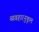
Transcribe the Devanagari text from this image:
व्यवहारनुकूल